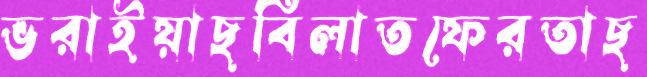
ভরাইয়াছবিলাতফেরতাছ